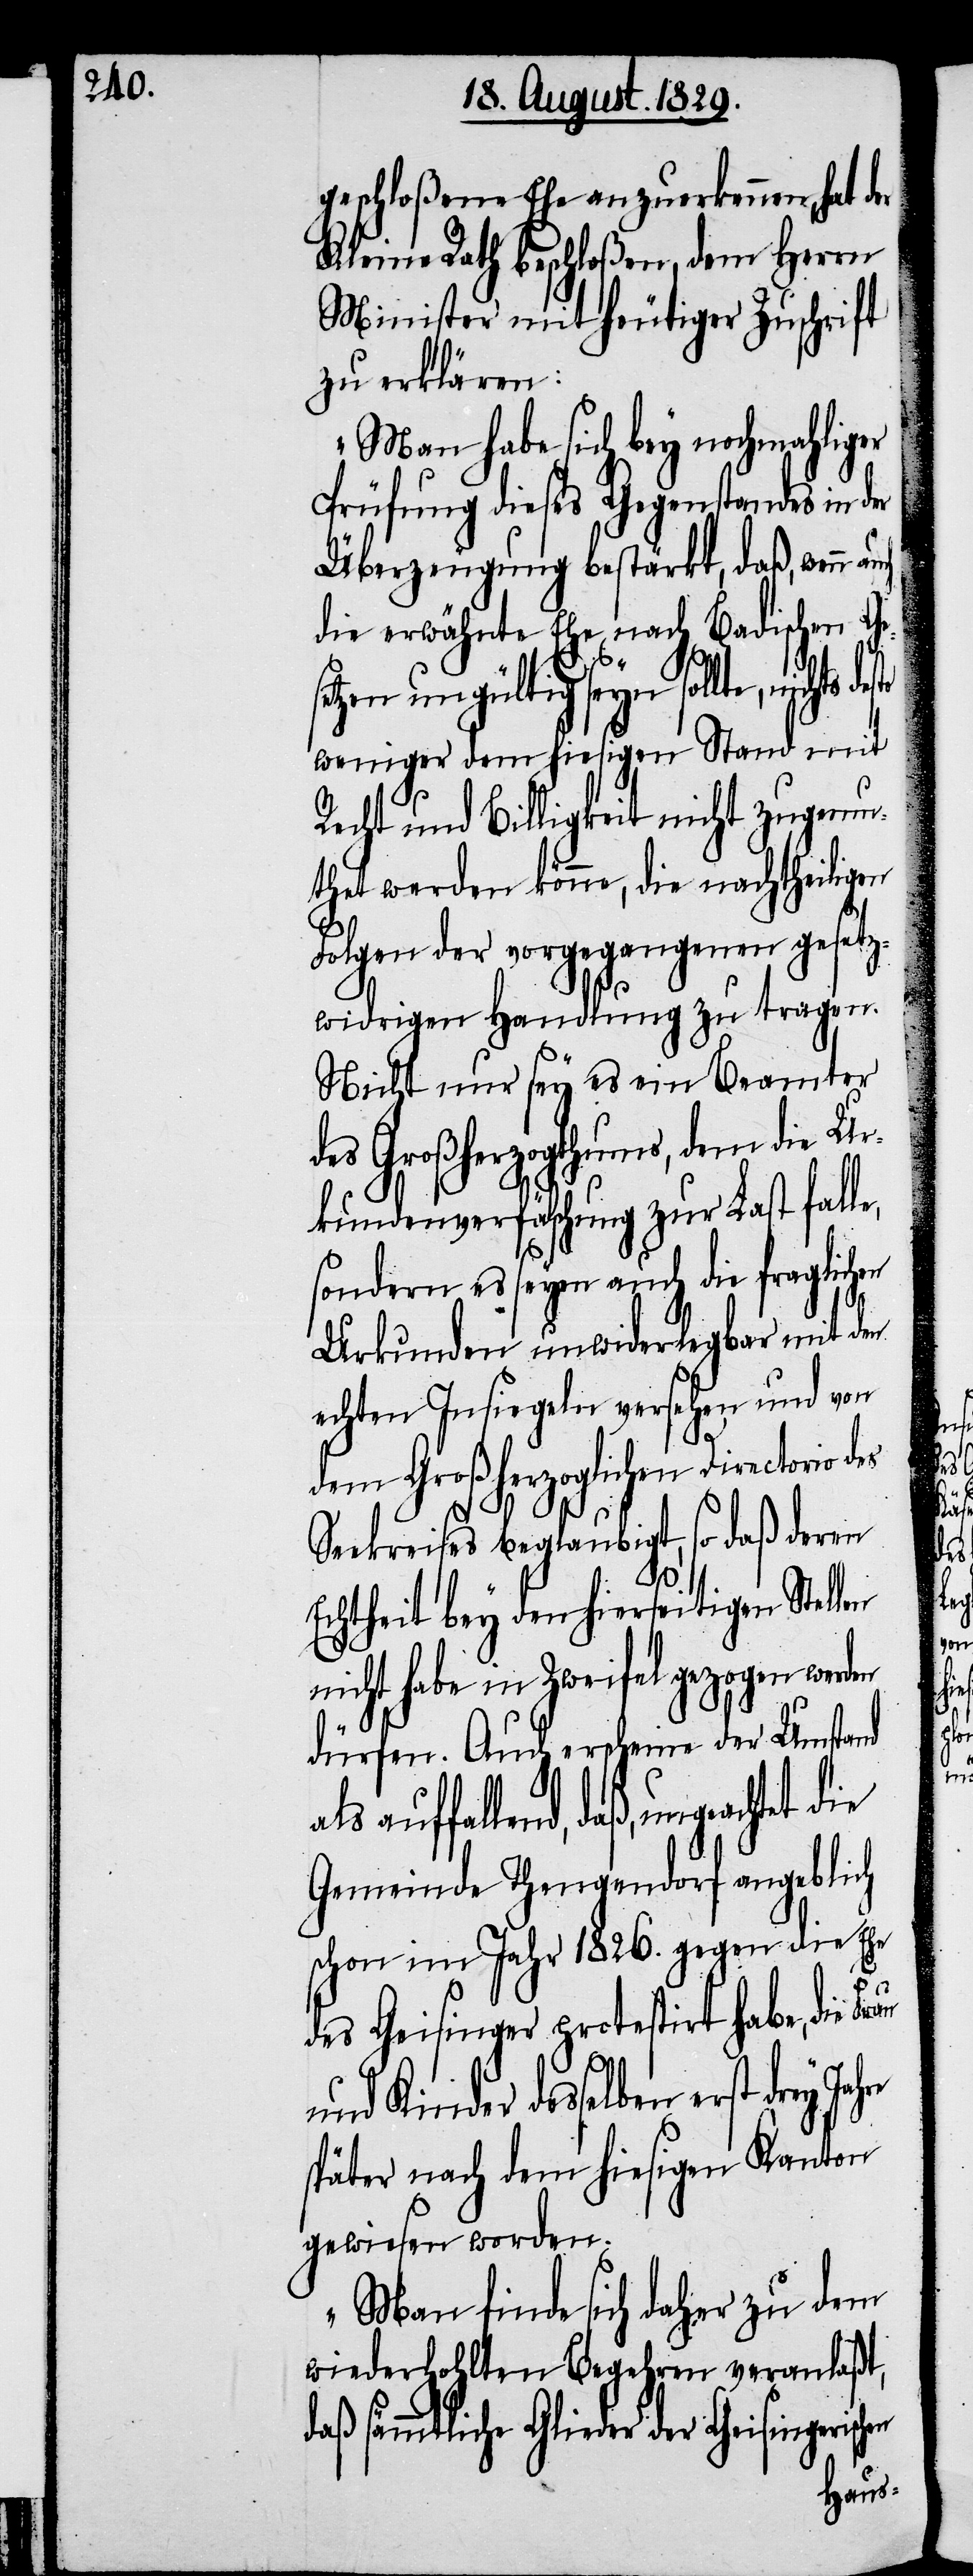
geschloßene Ehe anzuerkennen, hat
Kleine Rath beschloßen, dem Herrn
Minister mit heutiger Zuschrift
zu erklären:
„Man habe sich bey nochmahliger
Prüfung dieses Gegenstandes in der
Überzeugung bestärkt, daß, wenn
die erwähnte Ehe nach Badischen Ges¬
etzen ungültig seyn sollte, nichts
weniger dem hiesigen Stand mit
Recht und Billigkeit nicht zugemu¬
thet werden könne, die nachtheiligen
Folgen der vorgegangenen gesetz¬
widrigen Handlung zu tragen.
Nicht nur sey es ein Beamter
des Großherzogthums, dem die Ur¬
kundenverfälschung zur Last fall¬
sondern es seyen auch die fraglichen
Urkunden unwiderlegbar mit den
echten Insiegeln versehen und von
dem Großherzoglichen Directorio des
Seekreises beglaubigt, so daß deren
Echtheit bey den hierseitigen Stellen
nicht habe in Zweifel gezogen werden
dürfen. Auch erscheine der Umstand
auffallend, daß ungeachtet
Gemeinde Thengendorf angeblich
schon im Jahr 1826. gegen die Ehe
des Geisinger protestirt habe, die
hen
und Kinder desselben erst drey Jah¬
später nach dem hiesigen Kanton
gewiesen worden.
Man finde sich daher zu dem
wiederhohlten Begehren veranlaßt,
daß sämmtliche Glieder der Geisingerisc¬